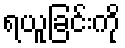
ရယူခြင်းကို